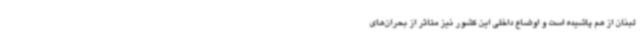
لبنان از هم پاشیده است و اوضاع داخلی این کشور نیز متاثر از بحران‌های